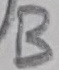
Text: B